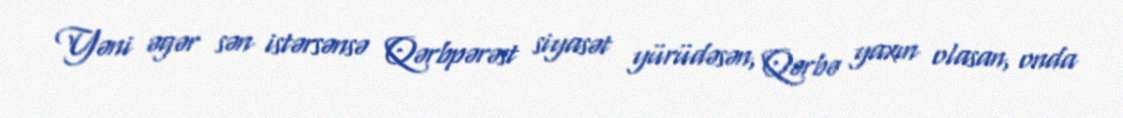
Yəni əgər sən istərsənsə Qərbpərəst siyasət yürüdəsən, Qərbə yaxın olasan, onda